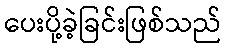
ပေးပို့ခဲ့ခြင်းဖြစ်သည်